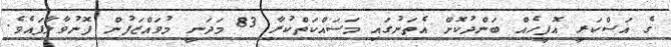
ގެ އަސްކަރީ އޮފީހެއް ބަންދުކޮށް އެތަނުގައި މަސައްކަތްކުރާ 83 މަދަނީ މުވައްޒަފުން ފޮނުވާލާފައެވެ.